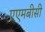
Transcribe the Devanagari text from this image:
एएमबीसी